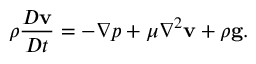
\rho { \frac { D \mathbf { v } } { D t } } = - { \boldsymbol { \nabla } } p + \mu \nabla ^ { 2 } \mathbf { v } + \rho \mathbf { g } .